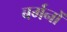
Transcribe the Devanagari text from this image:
बर्मनों